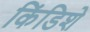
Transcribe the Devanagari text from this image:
किंडिशे